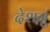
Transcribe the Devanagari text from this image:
देशनुं